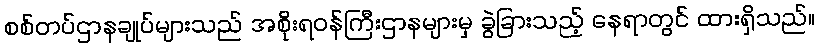
စစ်တပ်ဌာနချုပ်များသည် အစိုးရဝန်ကြီးဌာနများမှ ခွဲခြားသည့် နေရာတွင် ထားရှိသည်။